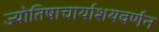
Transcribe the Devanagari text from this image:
ज्योतिषाचार्याशयवर्णन